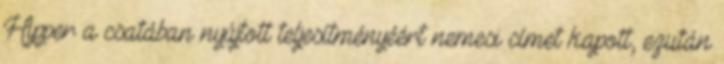
Hipper a csatában nyújtott teljesítményéért nemesi címet kapott, ezután